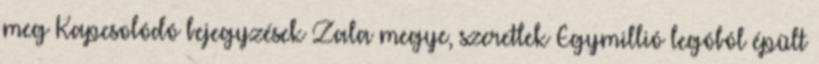
meg Kapcsolódó bejegyzések Zala megye, szeretlek Egymillió legóból épült